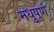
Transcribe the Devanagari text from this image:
मधुपूर्ण